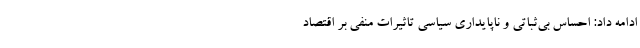
ادامه داد: احساس بی‌ثباتی و ناپایداری سیاسی تاثیرات منفی بر اقتصاد